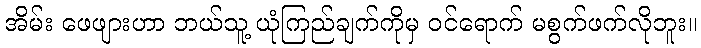
အိမ်း ဖေဖျားဟာ ဘယ်သူ့ ယုံကြည်ချက်ကိုမှ ဝင်ရောက် မစွက်ဖက်လိုဘူး။